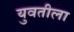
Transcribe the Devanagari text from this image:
युवतीला